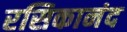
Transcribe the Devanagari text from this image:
रसिकानंद